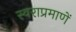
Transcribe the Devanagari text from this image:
स्वराप्रमाणें